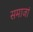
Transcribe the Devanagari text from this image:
समाजां